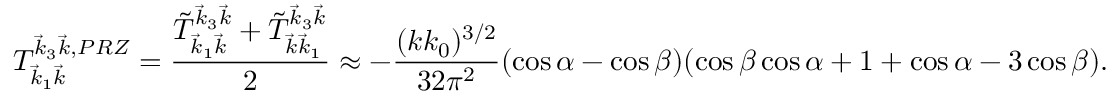
T _ { \vec { k } _ { 1 } \vec { k } } ^ { \vec { k } _ { 3 } \vec { k } , P R Z } = \frac { \tilde { T } _ { \vec { k } _ { 1 } \vec { k } } ^ { \vec { k } _ { 3 } \vec { k } } + \tilde { T } _ { \vec { k } \vec { k } _ { 1 } } ^ { \vec { k } _ { 3 } \vec { k } } } { 2 } \approx - \frac { ( k k _ { 0 } ) ^ { 3 / 2 } } { 3 2 \pi ^ { 2 } } ( \cos \alpha - \cos \beta ) ( \cos \beta \cos \alpha + 1 + \cos \alpha - 3 \cos \beta ) .